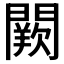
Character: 𨶕